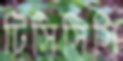
টিসিসিসি